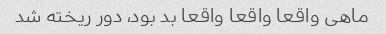
ماهی واقعا واقعا واقعا بد بود، دور ریخته شد